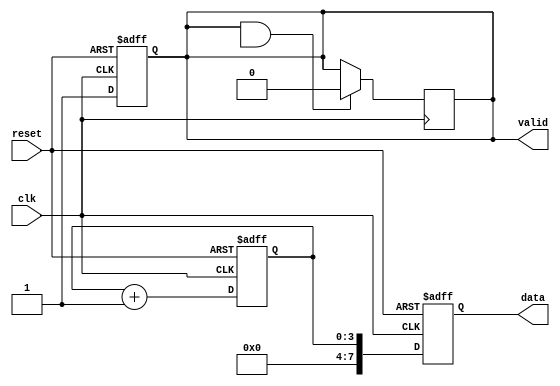
module producer (
    input wire clk,
    input wire reset,
    output reg [7:0] data,      // 8-bit data bus
    output reg valid            // Valid signal
);
    reg [3:0] counter;           // Simple counter to generate data

    always @(posedge clk or posedge reset) begin
        if (reset) begin
            counter <= 0;
            data <= 0;
            valid <= 0;
        end else begin
            // Generate new data and set valid signal
            data <= counter;        // Example data generation
            valid <= 1;             // Data is valid
            counter <= counter + 1; // Increment counter
        end
    end

    // Reset valid signal when data is acknowledged by consumer
    always @(posedge clk) begin
        if (valid && ready) begin
            valid <= 0;             // Reset valid after acknowledgment
        end
    end
endmodule